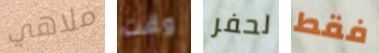
ملاهي وقت لحفر فقط